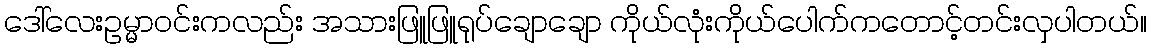
ဒေါ်လေးဥမ္မာဝင်းကလည်း အသားဖြူဖြူရုပ်ချောချော ကိုယ်လုံးကိုယ်ပေါက်ကတောင့်တင်းလှပါတယ်။